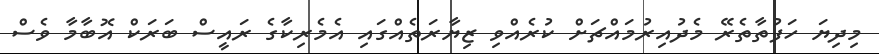
މިދިޔަ ހަފުތާތެރޭ މެދުއިރުމައްޗަށް ކުރެއްވި ޒިޔާރަތެއްގައި އެމެރިކާގެ ރައީސް ބަރަކް އޮބާމާ ވެސް